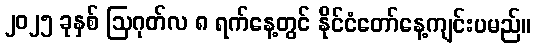
၂၀၂၅ ခုနှစ် ဩဂုတ်လ ၈ ရက်နေ့တွင် နိုင်ငံတော်နေ့ကျင်းပမည်။